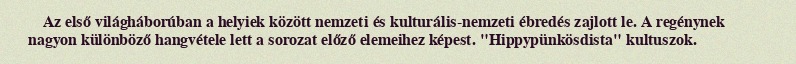
Az első világháborúban a helyiek között nemzeti és kulturális-nemzeti ébredés zajlott le. A regénynek nagyon különböző hangvétele lett a sorozat előző elemeihez képest. "Hippypünkösdista" kultuszok.